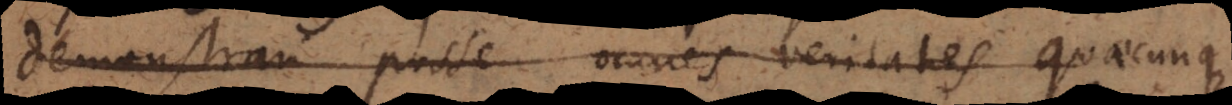
demonstrari posse omnes veritates quaecunque